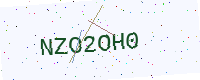
Text: NZO2OH0